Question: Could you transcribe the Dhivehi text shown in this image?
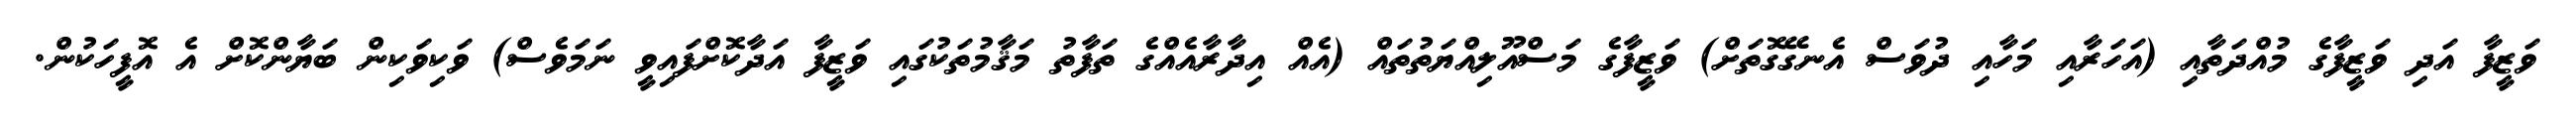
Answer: ވަޒީފާ އަދި ވަޒީފާގެ މުއްދަތާއި (އަހަރާއި މަހާއި ދުވަސް އެނގޭގޮތަށް) ވަޒީފާގެ މަސްއޫލިއްޔަތުތައް (އެއް އިދާރާއެއްގެ ތަފާތު މަޤާމުތަކުގައި ވަޒީފާ އަދާކޮށްފައިވީ ނަމަވެސް) ވަކިވަކިން ބަޔާންކޮށް އެ އޮފީހަކުން.